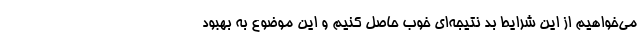
می‌خواهیم از این شرایط بد نتیجه‌ای خوب حاصل کنیم و این موضوع به بهبود